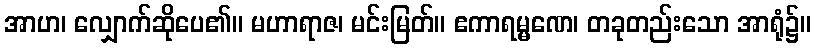
အာဟ၊ လျှောက်ဆိုပေ၏။ မဟာရာဇ၊ မင်းမြတ်။ ဧကာရမ္မဏေ၊ တခုတည်းသော အာရုံ၌။